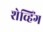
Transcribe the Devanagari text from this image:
शेव्हिंग